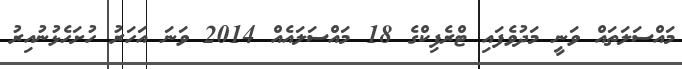
މައްސަލަތައް ވަނީ މަދުވެފައި ޓްރެފިކްގެ 18 މައްސަލައެއް 2014 ވަނަ އަހަރު ހުށަހެޅުނުއިރު